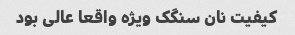
کیفیت نان سنگک ویژه واقعا عالی بود